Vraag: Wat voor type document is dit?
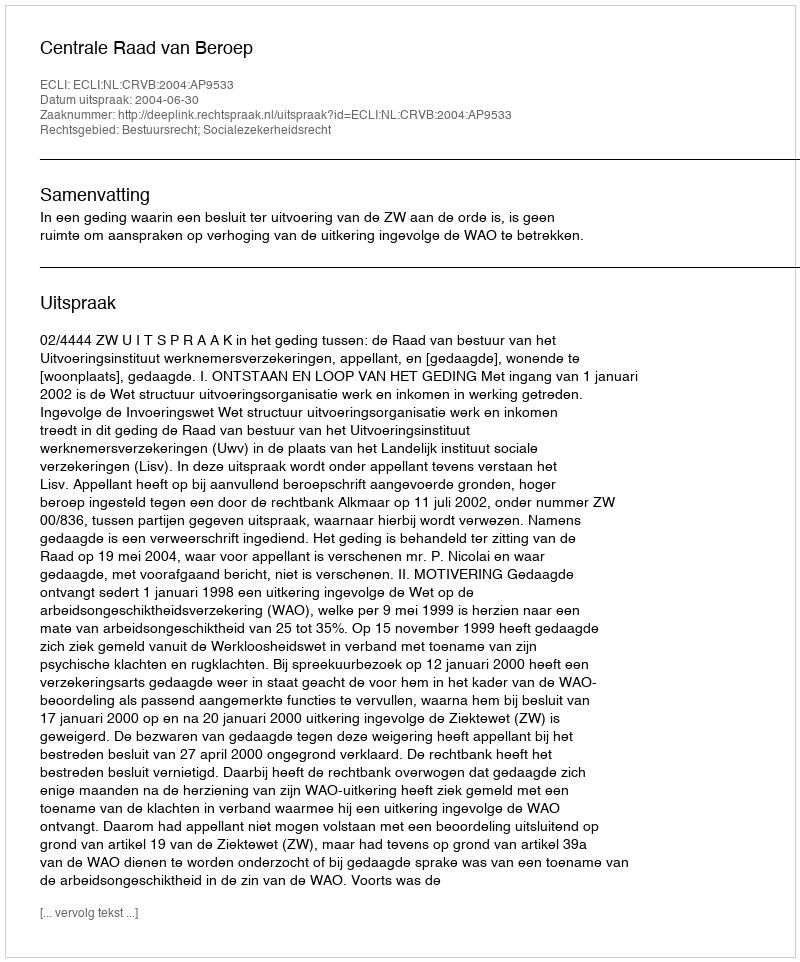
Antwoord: Uitspraak